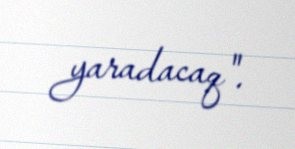
yaradacaq".